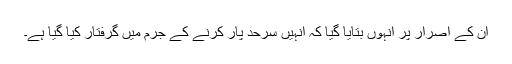
ان کے اصرار پر انہوں بتایا گیا کہ انہیں سرحد پار کرنے کے جرم میں گرفتار کیا گیا ہے۔